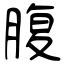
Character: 腹